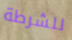
للشرطة